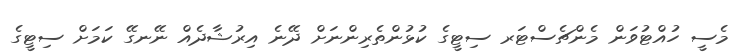
މެސީ ހުއްޓުވަން މެންޗެސްޓަރ ސިޓީގެ ކުޅުންތެރިންނަށް ދޭނެ އިރުޝާދެއް ނޭނގޭ ކަމަށް ސިޓީގެ